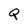
Character: Q